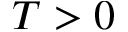
T > 0